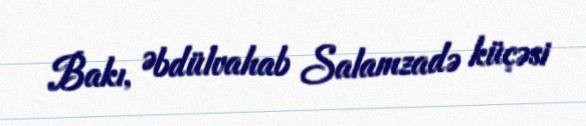
Bakı, Əbdülvahab Salamzadə küçəsi